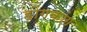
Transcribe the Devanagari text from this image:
होंगकांग